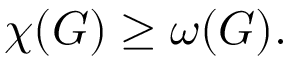
\chi ( G ) \geq \omega ( G ) .